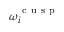
\omega _ { i } ^ { \mathrm { ~ c ~ u ~ s ~ p ~ } }